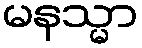
မနသ္မာ